Indian journal of veterinary science and animal husbandry - Volume 6,
Year: 1936
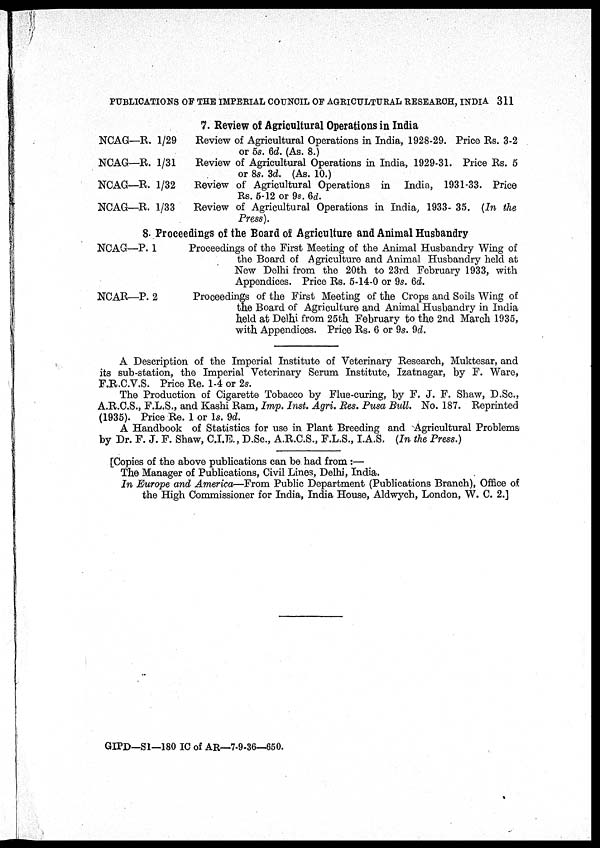
PUBLICATIONS OF THE IMPERIAL COUNCIL OF AGRICULTURAL RESEARCH, INDIA 311
7. Review of Agricultural Operations in India
NCAG—R. 1/29
NCAG—R. 1/31
NCAG—R. 1/32
NCAG—R. 1/33
Review of Agricultural Operations in India, 1928-29. Price Rs. 3-2
or 5s. 6d. (As. 8.)
Review of Agricultural Operations in India, 1929-31. Price Rs. 5
or 8s. 3d. (As. 10.)
Review of Agricultural Operations in India, 1931-33. Price
Rs. 5-12 or 9s. 6d.
Review of Agricultural Operations in India, 1933- 35. (In the
Press).
8. Proceedings of the Board of Agriculture and Animal Husbandry
NCAG—P. 1
NCAR—P. 2
Proceedings of the First Meeting of the Animal Husbandry Wing of
the Board of Agriculture and Animal Husbandry held at
New Delhi from the 20th to 23rd February 1933, with
Appendices. Price Rs. 5-14-0 or 9s. 6d.
Proceedings of the First Meeting of the Crops and Soils Wing of
the Board of Agriculture and Animal Husbandry in India
held at Delhi from 25th February to the 2nd March 1935,
with Appendices. Price Rs. 6 or 9s. 9d.
A Description of the Imperial Institute of Veterinary Research, Muktesar, and
its sub-station, the Imperial Veterinary Serum Institute, Izatnagar, by F. Ware,
F.R.C.V.S. Price Re. 1-4 or 2s.
The Production of Cigarette Tobacco by Flue-curing, by F. J. F. Shaw, D.Sc.,
A.R.C.S., F.L.S., and Kashi Ram, Imp. Inst. Agri. Res. Pusa Bull. No. 187. Reprinted
(1935). Price Re. 1 or 1s. 9d.
A Handbook of Statistics for use in Plant Breeding and Agricultural Problems
by Dr. F. J. F. Shaw, C.I.E., D.Sc., A.R.C.S., F.L.S., I.A.S. (In the Press.)
[Copies of the above publications can be had from :—
The Manager of Publications, Civil Lines, Delhi, India.
In Europe and America—From Public Department (Publications Branch), Office of
the High Commissioner for India, India House, Aldwych, London, W. C. 2.]
GIPD—S1—180 IC of AR—7-9-36—650.